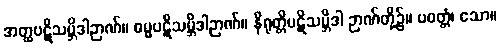
အတ္ထပဋိသမ္ဘိဒါဉာဏ်။ ဓမ္မပဋိသမ္ဘိဒါဉာဏ်။ နိရုတ္တိပဋိသမ္ဘိဒါ ဉာဏ်တို့၌။ ပဝတ္တံ၊ သော။